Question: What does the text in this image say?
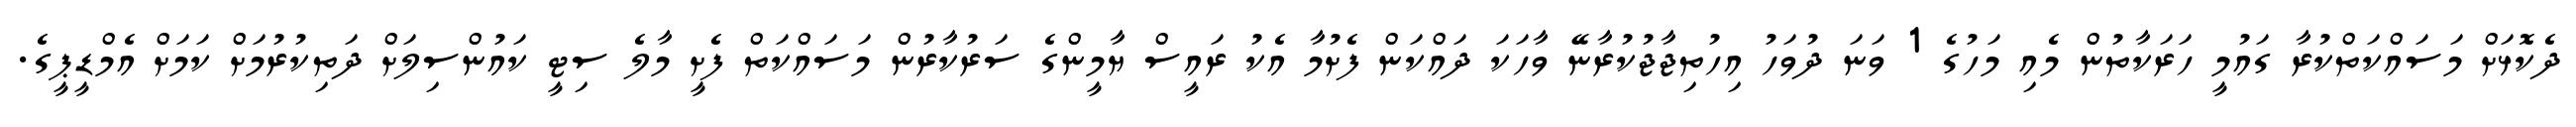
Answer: ދެކޮޅަށް މަސައްކަތްކުރާ ގައުމީ ހަރަކާތުން މެއި މަހުގެ 1 ވަނަ ދުވަހު އިހުތިޖާޖުކުރާނޭ ވާހަކަ ދައްކަން ފެށުމާ އެކު ރައީސް ޔާމީންގެ ސަރުކާރުން މަސައްކަތް ފެށީ މާލެ ސިޓީ ކައުންސިލަށް ދަތިކުރުމަށް ކަމަށް އެމްޑީޕީގެ.